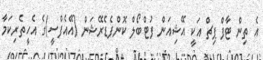
އެ ތިން ޓާފް ޕިޗް އަކީ އޭޝިއަން ފުޓްބޯލް ކޮންފެޑެރޭޝަން (އޭއެފްސީ)ގެ އެހީތެރިކަމާ